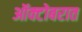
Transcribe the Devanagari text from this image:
ऑक्टोबरात